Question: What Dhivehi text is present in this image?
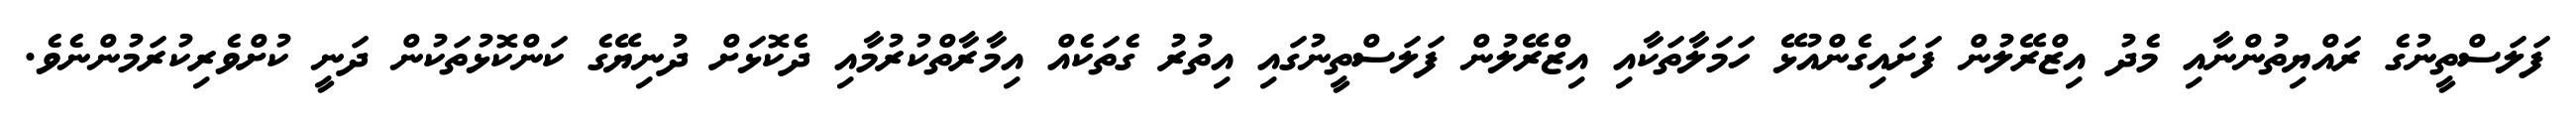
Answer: ފަލަސްތީނުގެ ރައްޔިތުންނާއި މެދު އިޒްރޭލުން ފަށައިގެންއުޅޭ ހަމަލާތަކާއި އިޒްރޭލުން ފަލަސްތީނުގައި އިތުރު ގެތަކެއް އިމާރާތްކުރުމާއި ދެކޮޅަށް ދުނިޔޭގެ ކަންކޮޅުތަކުން ދަނީ ކުށްވެރިކުރަމުންނެވެ.